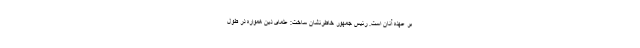
بر عهده آنان است. رئیس جمهور خاطرنشان ساخت: علمای دین همواره در طول